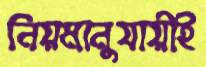
নিয়মানুযায়ীই